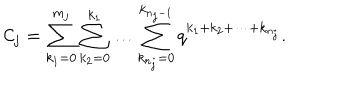
{ \cal C } _ { j } = \sum _ { k _ { 1 } = 0 } ^ { m _ { j } } \sum _ { k _ { 2 } = 0 } ^ { k _ { 1 } } \ldots \sum _ { k _ { n _ { j } } = 0 } ^ { k _ { n _ { j } - 1 } } q ^ { k _ { 1 } + k _ { 2 } + \cdots + k _ { n _ { j } } } .